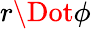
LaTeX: r\Dot{\phi}